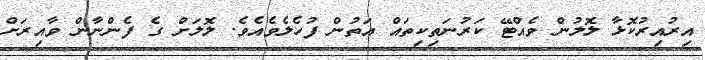
އިރުއިރުކޮޅާ ލޮލުން ވެއްޓޭ ކަރުނަތިކިތައް އަތުން ފުހެލެވެއެވެ. ލޮލަށް ގެ ފެންނާން ވާއިރަށް